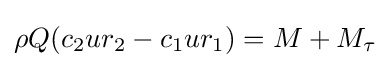
\rho Q(c_{2}ur_{2}-c_{1}ur_{1})=M+M_{\tau }